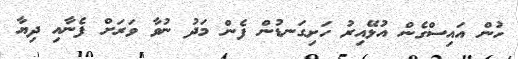
ހުން އައިސްގެން އުޅޭއިރު ހަށިގަނޑުން ފެން މަދު ނުވާ ވަރަށް ފެނާއި ދިޔާ